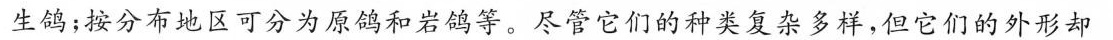
生鸽；按分布地区可分为原鸽和岩鸽等。尽管它们的种类复杂多样，但它们的外形却